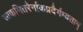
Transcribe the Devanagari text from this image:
साकमितरैर्नाकप्रदैर्गम्यताम्